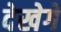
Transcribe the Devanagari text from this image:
देखेगे